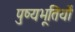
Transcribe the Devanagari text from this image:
पुष्यभूतियों